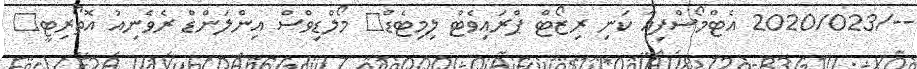
--/2020/023 އެޓްމޯސްފިއާ ކަނި ރިޒޯޓް ޕްރައިވެޓް ލިމިޓެޑް	 މޯލްޑިވްސް އިންލަންޑް ރެވެނިއު އޮތޯރިޓީ